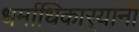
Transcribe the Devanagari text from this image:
धर्माधिकार्‍यांनीं